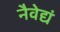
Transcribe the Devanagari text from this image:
नैवेद्यं